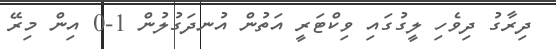
ދިރާގު ދިވެހި ލީގުގައި ވިކްޓަރީ އަތުން އުނދަގުލުން 1-0 އިން މިރޭ